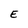
Character: E